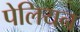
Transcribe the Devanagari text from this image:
पेलियन